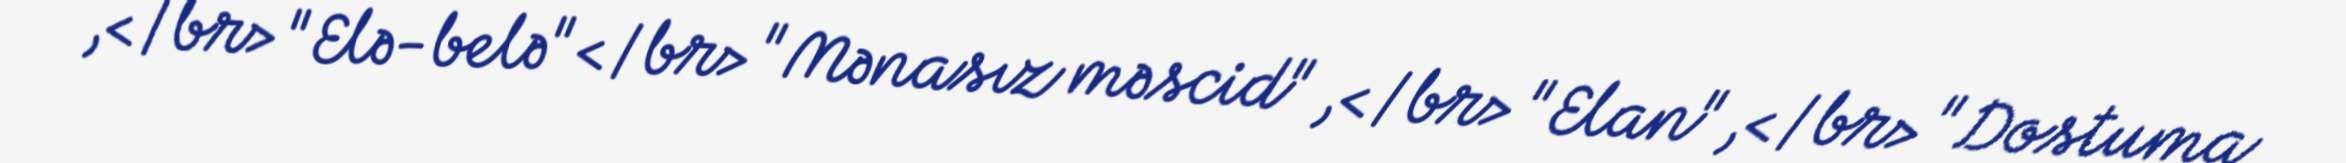
,</br> "Elə-belə"</br> "Mənasız məscid" ,</br> "Elan",</br> "Dostuma